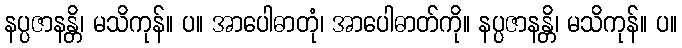
နပ္ပဇာနန္တိ၊ မသိကုန်။ ပ။ အာပေါဓာတုံ၊ အာပေါဓာတ်ကို။ နပ္ပဇာနန္တိ၊ မသိကုန်။ ပ။